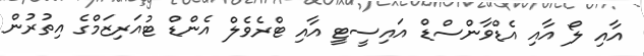
އާއި ލޯ އާއި އެޑްވާންސްޑް އައިސީޓީ އާއި ޓްރެވެލް އެންޑް ޓުއަރިޒަމްގެ އިތުރުން